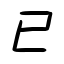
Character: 已